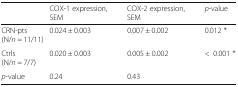
|  | COX-1 expression, SEM | COX-2 expression, SEM | p-value |
 | --- | --- | --- | --- |
 | CRN-pts (N/n = 11/11) | 0.024 ± 0.003 | 0.007 ± 0.002 | 0.012 * |
 | Ctrls (N/n = 7/7) | 0.020 ± 0.003 | 0.005 ± 0.002 | <0.001 * |
 | p-value | 0.24 | 0.43 |  |